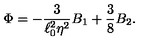
\Phi = - { \frac { 3 } { \ell _ { 0 } ^ { 2 } \eta ^ { 2 } } } B _ { 1 } + { \frac { 3 } { 8 } } B _ { 2 } .